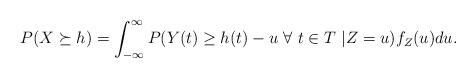
LaTeX: \begin{align*}P(X \succeq h) = \int_{-\infty}^{\infty} P(Y(t) \ge h(t)- u~\forall~t \in T~| Z=u) f_Z(u)du.\end{align*}